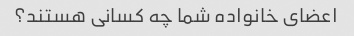
اعضای خانواده شما چه کسانی هستند؟